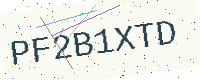
Text: PF2B1XTD